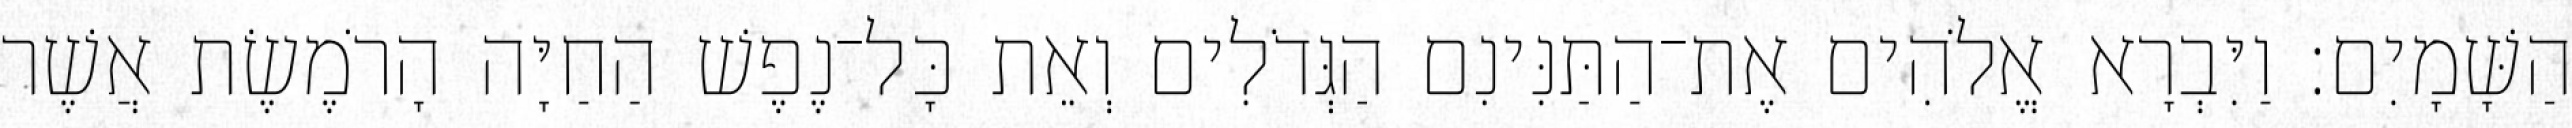
הַשָּׁמָיִם׃ וַיִּבְרָא אֱלֹהִים אֶת־הַתַּנִּינִם הַגְּדֹלִים וְאֵת כָּל־נֶפֶשׁ הַחַיָּה הָרֹמֶשֶׂת אֲשֶׁר